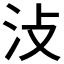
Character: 𣲏